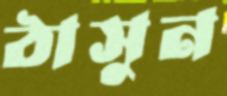
ঠাসুন